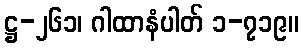
ဋ္ဌ-၂၆၁၊ ဂါထာနံပါတ် ၁-၇၁၉။